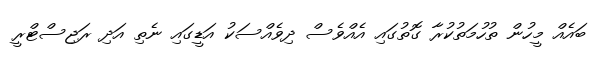
ބައެއް މީހުން ތުހުމަތުކުރާ ގޮތުގައި އެއްވެސް ދިވެއްސަކު އަޑީގައި ނެތި އަދި ރަޖިސްޓްރީ